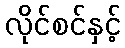
လိုင်စင်နှင့်